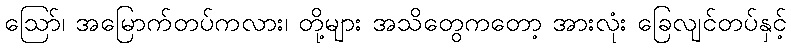
ဩော်၊ အမြောက်တပ်ကလား၊ တို့များ အသိတွေကတော့ အားလုံး ခြေလျင်တပ်နှင့်